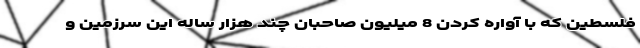
فلسطین که با آواره کردن 8 میلیون صاحبان چند هزار ساله این سرزمین و